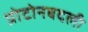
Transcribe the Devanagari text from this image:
प्रोटोनबदली